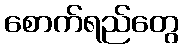
စောက်ရည်တွေ